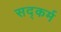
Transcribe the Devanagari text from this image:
सद्कर्म